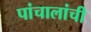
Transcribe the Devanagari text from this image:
पांचालांची